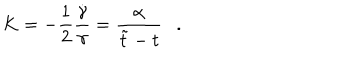
LaTeX: K = - \frac { 1 } { 2 } \frac { \dot { \gamma } } { \gamma } = \frac { \alpha } { \tilde { t } - t } .